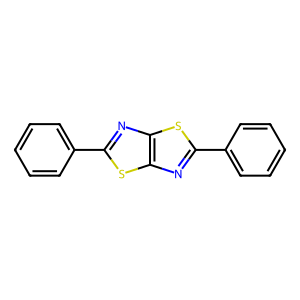
SMILES: c1ccc(-c2nc3sc(-c4ccccc4)nc3s2)cc1
Inhibits HIV replication: No